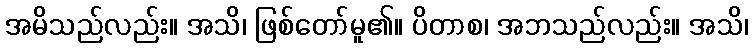
အမိသည်လည်း။ အသိ၊ ဖြစ်တော်မူ၏။ ပိတာစ၊ အဘသည်လည်း။ အသိ၊